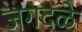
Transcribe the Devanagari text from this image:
जगदळे